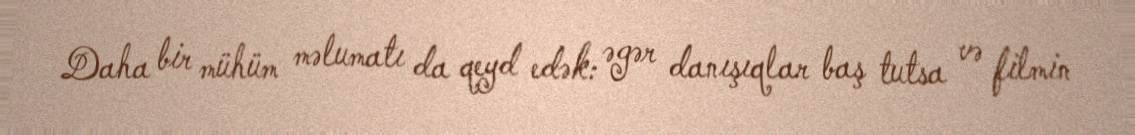
Daha bir mühüm məlumatı da qeyd edək: əgər danışıqlar baş tutsa və filmin